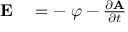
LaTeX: \begin{array} { r l } { \mathbf { E } } & { { } = - \mathbf { \nabla } \varphi - { \frac { \partial \mathbf { A } } { \partial t } } } \end{array}